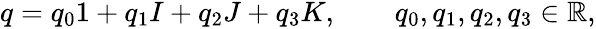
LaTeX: \begin{array}{r}{q=q_{0}1+q_{1}I+q_{2}J+q_{3}K,\qquad q_{0},q_{1},q_{2},q_{3}\in\mathbb{R},}\end{array}